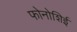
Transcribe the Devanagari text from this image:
फोनोशिई